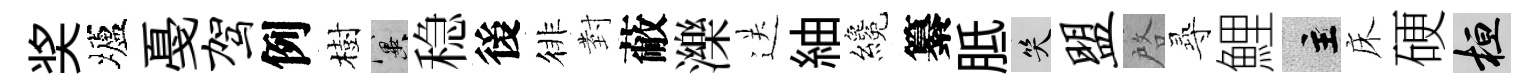
奖壚戞驾例樹冀稳後徘𭔹蔽濼送紬纔纂胝笑盟啓𡬶鯉主床硬桓